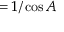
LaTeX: = { 1 / \cos A }